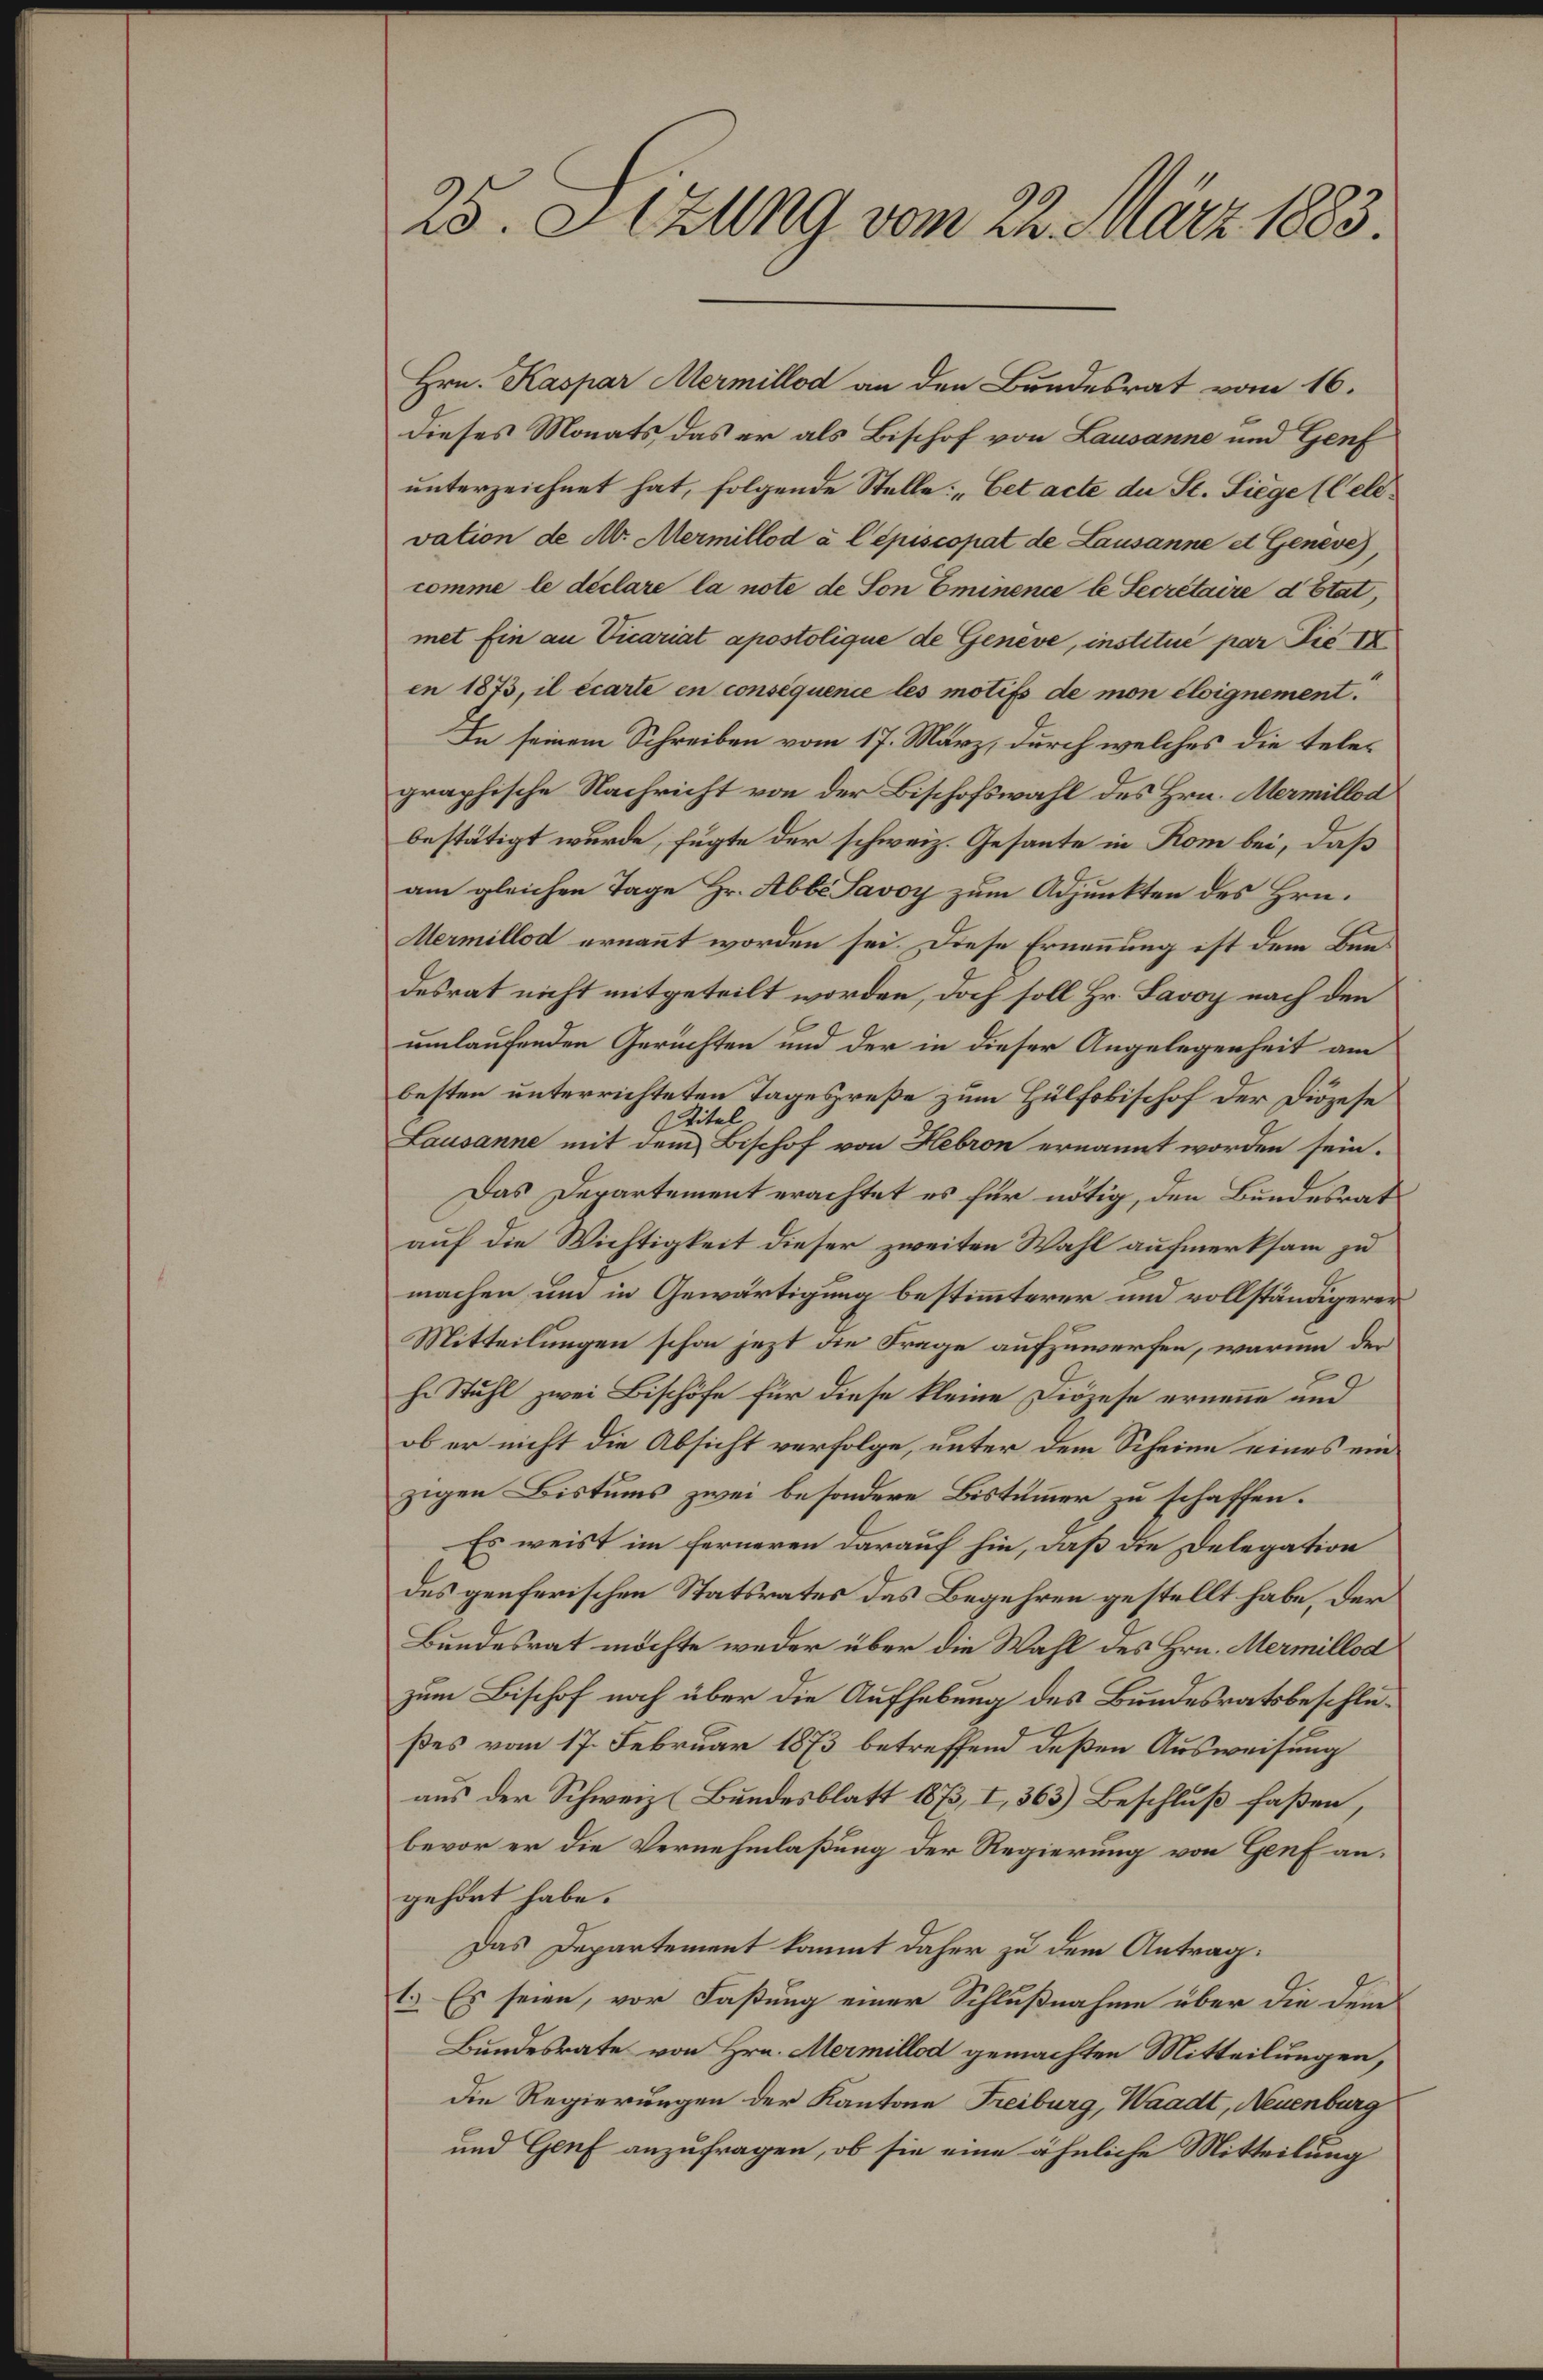
25. 5urtlg,vrnm tt. N0r 183.
Hrn. Rasier millot an den Brndesrat vom 16.
dieses Monats das er als Bschof von Bamanne und Zeah
unterzenhnet hat, folgende Stelle Belacl n A. Täge1el¬
alion de .amillodleunosal de Lasanm . Hen,
wm e Aclare la note de don Bnenn 6 Lrctie 8t,
mal Ein n uial aswotolign Ae HGeen, mstin ar Kie
n 187, i uarke en wnsigana s molif de mon bizanl.
Se seiem Schreiben vom 17. Mär, durch welches die teles
gerphische Rachricht vion der Bischofswahl des Hrn emillod
bestätigt wurde, fügte der schweiz. Gesante in Rom bei, daß
am gleichen Tage Hr. Abbsaoh zum Azuntten des Hrn.
millod ermant worden sei Diese Ernenung ist der Biun
desrat nicht vitgeteilt worden, ach soll Hr Faah nach den
inlaufieden Gerüchten und der in diesr Angelegenheit an
besten unterrichteten Tageprese zum Hülfokischof der Duzese
Lasane mit dem
tel
Bischof von Nobon ernannt worden sein.
das Departement erachtet es für ndtig, den Bindesats
auf die Wichtigteit dieser zweiten Wahl auhmertsan zu
machen und in Gewärtigung bestimterer und volständgere
Mitteilungen schon jezt die Frage aufzuwerfen, warmm de
h. Ntuhl zwei Fischöfe für diese eine Dizese ernee und
ob er nicht die Absicht verfolge unter dem Scheinn eines in
zigen Bistums zwei besondere Botitner zu schaffen.
Es weist in ferneren darauf hin, aaß de delegaton
des genferischen Stattrates des Begehren gestellt habe, den
Bendesrat ndchte weder über die Wahl des Hrn. Nemillo
zum Bischf nch über die Aufhebung des Bendessatsbeschle
stes vom 17. Fekruar 173 betreffend Raßen Ausweisung
aus den Schweiz Bendesklatt Ots. d, 3e3 Beschluß faßsen,
bevor er die Vernehmlaßung der Regierung von Tnf an¬
gehrt habe.
das Departent ammt daher zu Lr Antrag.
6s E sein, vor Fasung einer Schlußnahme über die dr
Bendesrate von Hre Armillat gemachten Mitteilungen,
die Regierungen der Kantone Kibung, Mäadl, ianbag
und Guf anzufragen, ob sie eine öhnliche Mitteilung